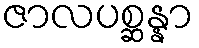
ဇာလပစ္ဆန္နာ